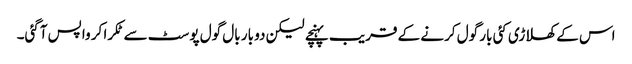
اس کے کھلاڑی کئی بار گول کرنے کے قریب پہنچے لیکن دو بار بال گول پوسٹ سے ٹکرا کر واپس آگئی۔